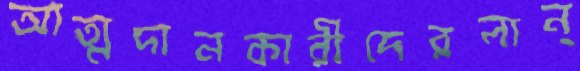
আত্মদানকারীদেরলান্